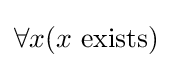
\forall x(x{\text{ exists}})